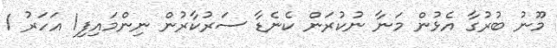
މޫނު ބުރުގާ އެޅުން މަނާ ނުކުރަން ކެނެޑާ ސަރުކާރުން ނިންމައިފި1 އަހަރު 1